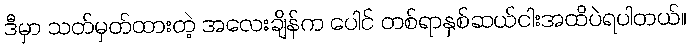
ဒီမှာ သတ်မှတ်ထားတဲ့ အလေးချိန်က ပေါင် တစ်ရာနှစ်ဆယ်ငါးအထိပဲရပါတယ်။